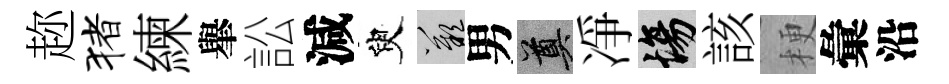
趂猪練𦦙訟減臾嘆男奠凈場該梗彙沿